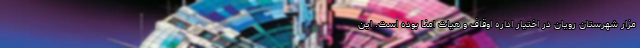
مزار شهرستان رویان در اختیار اداره اوقاف و هیات امنا بوده است. این